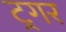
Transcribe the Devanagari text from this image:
ट्रगर